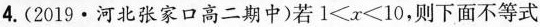
4.(2019·河北张家口高二期中)若$$1 < x < 1 0$$,则下面不等式